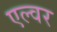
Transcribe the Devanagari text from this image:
एल्वर